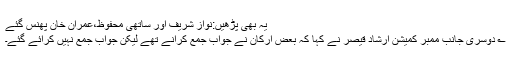
یہ بھی پڑھیں:نواز شریف اور ساتھی محفوظ،عمران خان پھنس گئے
؎ دوسری جانب ممبر کمیشن ارشاد قیصر نے کہا کہ بعض ارکان نے جواب جمع کرانے تھے لیکن جواب جمع نہیں کرائے گئے۔